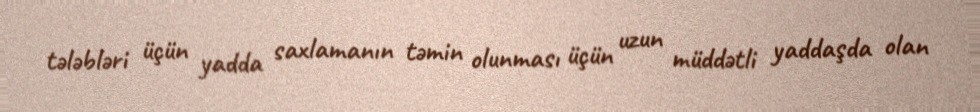
tələbləri üçün yadda saxlamanın təmin olunması üçün uzun müddətli yaddaşda olan